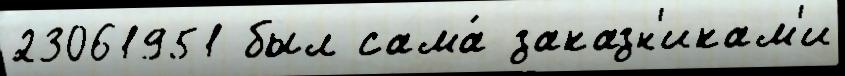
23061951 был сама́ заказн'икам'и